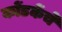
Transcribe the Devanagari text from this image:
कोंडकेंचे